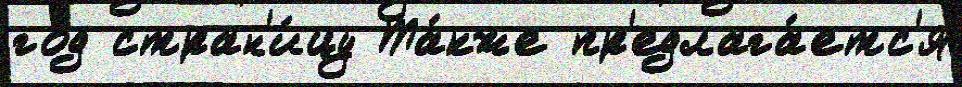
год стран'и́цу Та́кже пр'едлага́етс'я